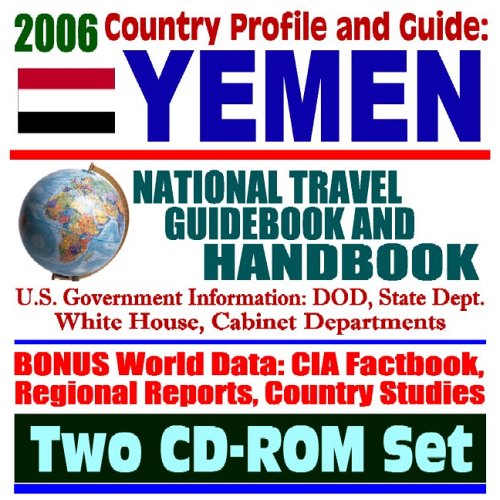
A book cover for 2006 Country Profile and Guide to Yemen: National Travel Guidebook and Handbook--Trade and Business, War on Terrorism, Attack on the USS Cole, Horn of Africa Task Force, USAID (Two CD-ROM Set); U.S. Government; Travel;